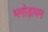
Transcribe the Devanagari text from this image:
भगोड़ापन